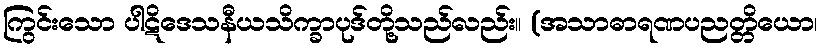
ကြွင်းသော ပါဋိဒေသနီယသိက္ခာပုဒ်တို့သည်လည်း။ (အသာဓာရဏပညတ္တိယော၊